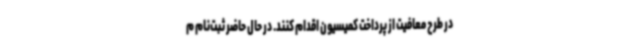
در طرح معافیت از پرداخت کمیسیون اقدام کنند. در حال حاضر ثبت‌نام م